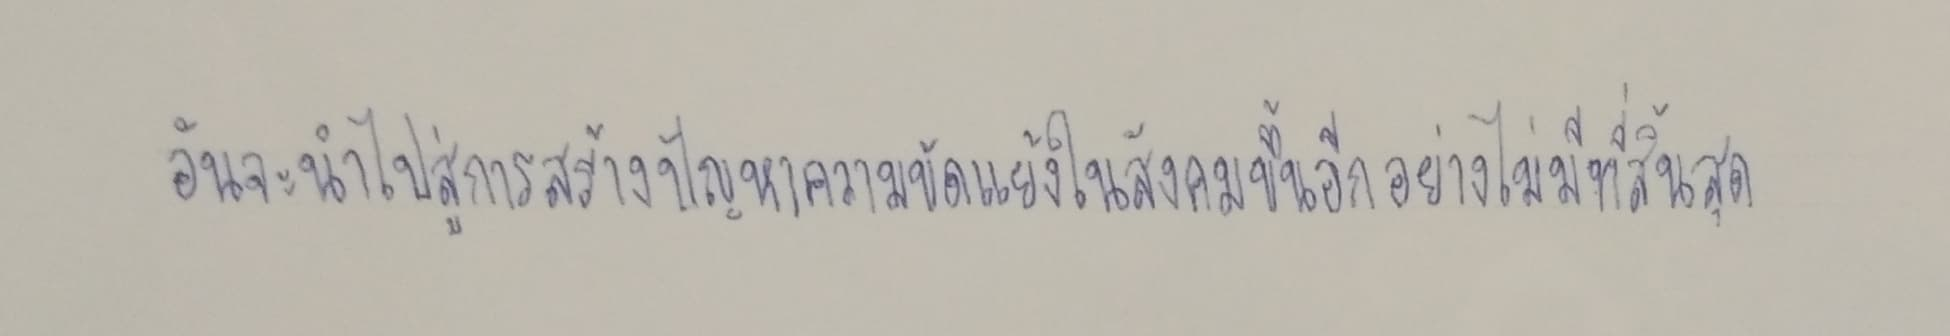
อันจะนำไปสู่การสร้างปัญหาความขัดแย้งในสังคมขึ้นอีกอย่างไม่มีที่สิ้นสุด